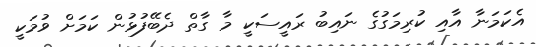
އެކަމަނާ އާއި ކުރިމަގުގެ ނައިބު ރައީސަކީ މާ ގާތް ދެބޭފުޅުން ކަމަށް ވުމަކީ